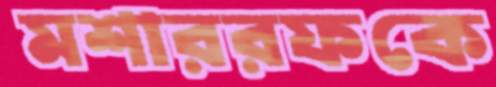
মশাররফকে